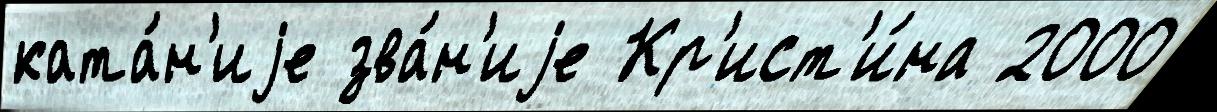
ката́н'иjе зва́н'иjе Кр'ист'и́на 2000